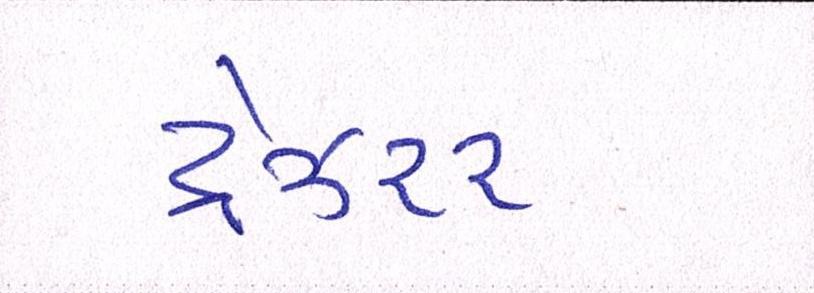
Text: ટ્રેઝરર